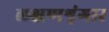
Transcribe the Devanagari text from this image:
लक्षणशृंगार